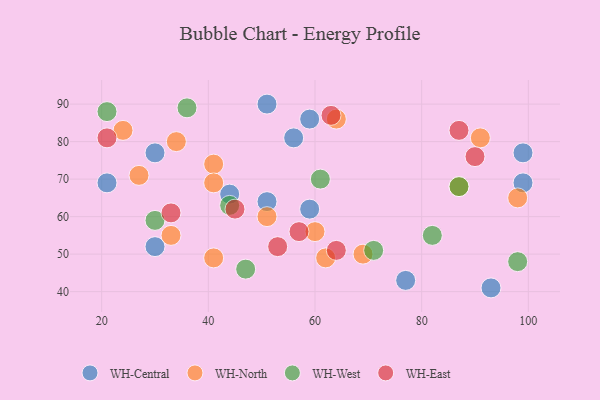
{"axis": {"x": "GDP", "y": "Life Expectancy"}, "legend": ["WH-Central", "WH-East", "WH-North", "WH-West"], "data": [{"x": "51", "y": 64, "type": "WH-Central"}, {"x": "30", "y": 52, "type": "WH-Central"}, {"x": "56", "y": 81, "type": "WH-Central"}, {"x": "99", "y": 69, "type": "WH-Central"}, {"x": "59", "y": 62, "type": "WH-Central"}, {"x": "21", "y": 69, "type": "WH-Central"}, {"x": "51", "y": 90, "type": "WH-Central"}, {"x": "44", "y": 66, "type": "WH-Central"}, {"x": "30", "y": 77, "type": "WH-Central"}, {"x": "99", "y": 77, "type": "WH-Central"}, {"x": "59", "y": 86, "type": "WH-Central"}, {"x": "77", "y": 43, "type": "WH-Central"}, {"x": "93", "y": 41, "type": "WH-Central"}, {"x": "27", "y": 71, "type": "WH-North"}, {"x": "41", "y": 74, "type": "WH-North"}, {"x": "62", "y": 49, "type": "WH-North"}, {"x": "87", "y": 68, "type": "WH-North"}, {"x": "69", "y": 50, "type": "WH-North"}, {"x": "24", "y": 83, "type": "WH-North"}, {"x": "34", "y": 80, "type": "WH-North"}, {"x": "41", "y": 69, "type": "WH-North"}, {"x": "41", "y": 49, "type": "WH-North"}, {"x": "33", "y": 55, "type": "WH-North"}, {"x": "60", "y": 56, "type": "WH-North"}, {"x": "91", "y": 81, "type": "WH-North"}, {"x": "51", "y": 60, "type": "WH-North"}, {"x": "98", "y": 65, "type": "WH-North"}, {"x": "64", "y": 86, "type": "WH-North"}, {"x": "30", "y": 59, "type": "WH-West"}, {"x": "61", "y": 70, "type": "WH-West"}, {"x": "47", "y": 46, "type": "WH-West"}, {"x": "71", "y": 51, "type": "WH-West"}, {"x": "82", "y": 55, "type": "WH-West"}, {"x": "36", "y": 89, "type": "WH-West"}, {"x": "98", "y": 48, "type": "WH-West"}, {"x": "21", "y": 88, "type": "WH-West"}, {"x": "87", "y": 68, "type": "WH-West"}, {"x": "44", "y": 63, "type": "WH-West"}, {"x": "63", "y": 87, "type": "WH-East"}, {"x": "87", "y": 83, "type": "WH-East"}, {"x": "90", "y": 76, "type": "WH-East"}, {"x": "21", "y": 81, "type": "WH-East"}, {"x": "64", "y": 51, "type": "WH-East"}, {"x": "33", "y": 61, "type": "WH-East"}, {"x": "53", "y": 52, "type": "WH-East"}, {"x": "45", "y": 62, "type": "WH-East"}, {"x": "57", "y": 56, "type": "WH-East"}]}